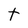
Character: t